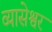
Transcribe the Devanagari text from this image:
व्यासेश्वर